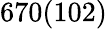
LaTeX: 670(102)